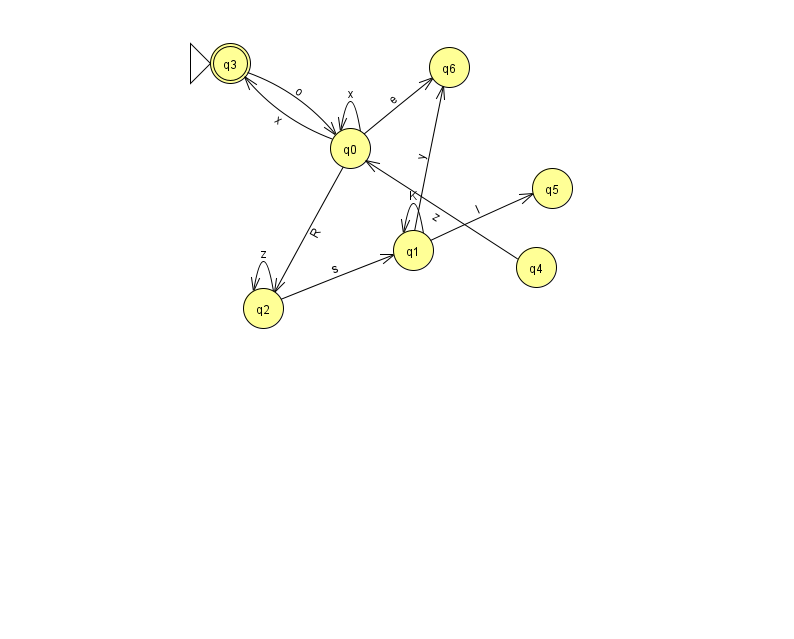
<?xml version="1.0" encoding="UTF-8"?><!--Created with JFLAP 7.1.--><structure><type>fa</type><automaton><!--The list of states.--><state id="0" name="q0"><x>350.0</x><y>135.0</y></state><state id="1" name="q1"><x>413.0</x><y>237.0</y></state><state id="2" name="q2"><x>263.0</x><y>295.0</y></state><state id="3" name="q3"><x>230.0</x><y>50.0</y><initial/><final/></state><state id="4" name="q4"><x>536.0</x><y>254.0</y></state><state id="5" name="q5"><x>552.0</x><y>175.0</y></state><state id="6" name="q6"><x>449.0</x><y>54.0</y></state><!--The list of transitions.--><transition><from>0</from><to>3</to><read>x</read></transition><transition><from>1</from><to>5</to><read>l</read></transition><transition><from>0</from><to>6</to><read>e</read></transition><transition><from>2</from><to>1</to><read>s</read></transition><transition><from>3</from><to>0</to><read>o</read></transition><transition><from>0</from><to>2</to><read>R</read></transition><transition><from>4</from><to>0</to><read>z</read></transition><transition><from>0</from><to>0</to><read>x</read></transition><transition><from>1</from><to>6</to><read>y</read></transition><transition><from>2</from><to>2</to><read>z</read></transition><transition><from>1</from><to>1</to><read>K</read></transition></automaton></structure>